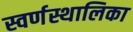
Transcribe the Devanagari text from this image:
स्वर्णस्थालिका